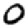
Digit: 0